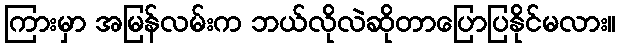
ကြားမှာ အမြန်လမ်းက ဘယ်လိုလဲဆိုတာပြောပြနိုင်မလား။